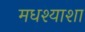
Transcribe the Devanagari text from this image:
मधश्याशा